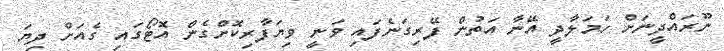
ނޫރައްދީނަށް ހަމަލާދީ އޭނާ އަތުން ފޭރިގަނެފައި ވަނީ ވިޔަފާރިކޮށްގެން އޮޓޯގައި ގެއަށް ދިޔަ